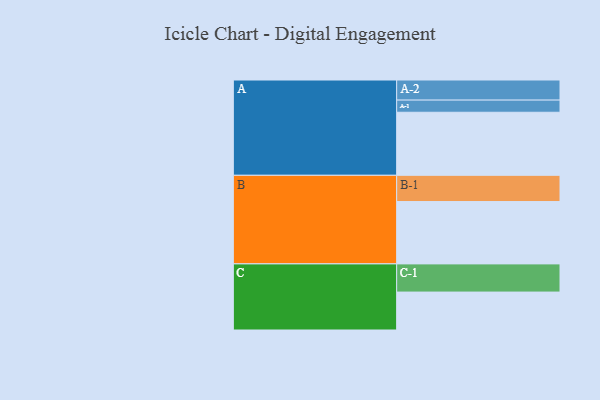
{"axis": {"x": "Segment", "y": "Value"}, "legend": ["", "A", "B", "C"], "data": [{"x": "A", "y": 555, "type": ""}, {"x": "B", "y": 549, "type": ""}, {"x": "C", "y": 334, "type": ""}, {"x": "A-1", "y": 107, "type": "A"}, {"x": "A-2", "y": 177, "type": "A"}, {"x": "B-1", "y": 231, "type": "B"}, {"x": "C-1", "y": 248, "type": "C"}]}